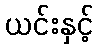
ယင်းနှင့်